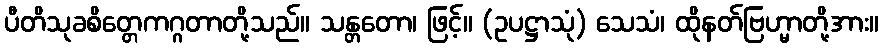
ပီတိသုခစိတ္တေကဂ္ဂတာတို့သည်။ သန္တတော၊ ဖြင့်။ (ဥပဋ္ဌာသုံ) သေသံ၊ ထိုနတ်ဗြဟ္မာတို့အား။